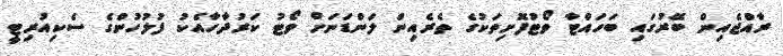
ރާއްޖެއިން ބޭރުގައި ބަހައްޓާ ވޯޓުފޮށިތަކުގެ ތެރެއިން ލަންޑަނަށް ވޯޓު ކަރުދާހާއެކު ފުލުހުންގެ ސެކިއުރިޓީ